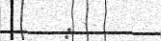
: